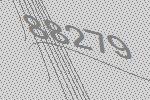
88279